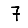
Digit: 7